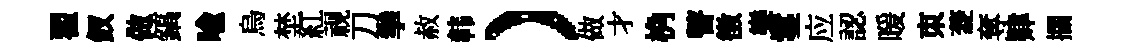
翟釵做鎬喻烏埜紅视刀拳赦韩）做才桷瞽徴樂鬘应認暖朿菱奪肄攔